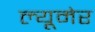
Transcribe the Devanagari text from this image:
ल्यूमेर